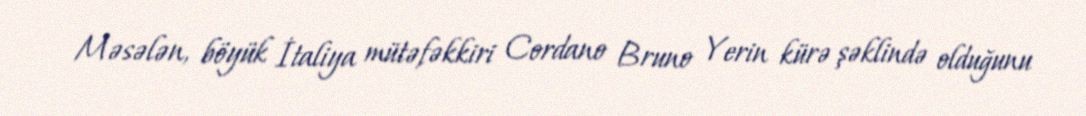
Məsələn, böyük İtaliya mütəfəkkiri Cordano Bruno Yerin kürə şəklində olduğunu